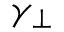
\gamma _ { \bot }